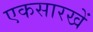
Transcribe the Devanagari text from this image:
एकसारखें